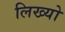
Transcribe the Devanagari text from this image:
लिख्‍यो